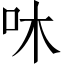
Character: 㕲